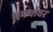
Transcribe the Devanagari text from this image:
समर्थावर